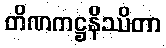
တိဏကဋ္ဌနိဿိတာ